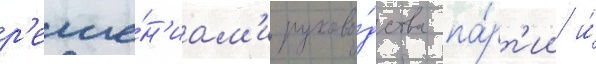
р'еше́н'иам'и руково́дства па́рт'ии и́